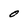
Character: 0